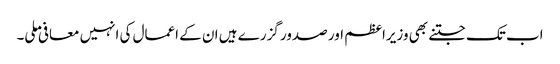
اب تک جتنے بھی وزیراعظم اور صدور گزرے ہیں ان کے اعمال کی انہیں معافی ملی۔